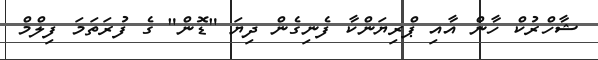
ޝާހްރުކް ހާން އާއި ޕްރިޔަންކާ ފެނިގެން ދިޔަ "ޑޮން" ގެ ފުރަތަމަ ފިލްމް